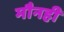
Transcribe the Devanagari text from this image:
मौनही